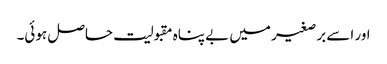
اور اسے برصغیر میں بے پناہ مقبولیت حاصل ہوئی۔